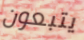
يتبعون